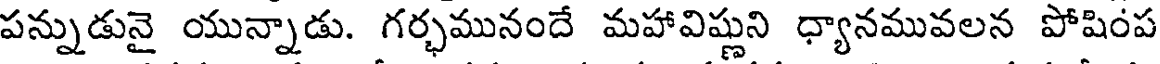
పన్నుడునై యున్నాడు. గర్భమునందే మహావిష్ణుని ధ్యానమువలన పోషింప